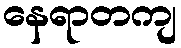
နေရာတကျ